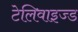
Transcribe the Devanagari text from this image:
टेलिवाइज्ड